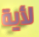
لأية